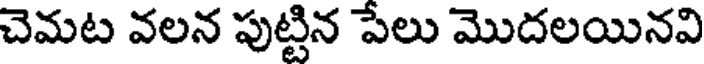
చెమట వలన పుట్టిన పేలు మొదలయినవి